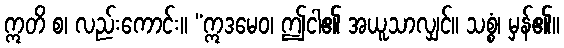
ဣတိ စ၊ လည်းကောင်း။ “ဣဒမေဝ၊ ဤငါ၏ အယူသာလျှင်။ သစ္စံ၊ မှန်၏။